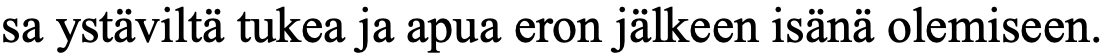
sa ystäviltä tukea ja apua eron jälkeen isänä olemiseen.